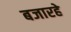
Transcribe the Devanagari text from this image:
बजारहे